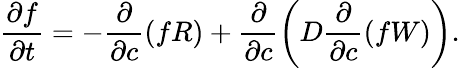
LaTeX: \frac{\partial f}{\partial t}=-\frac{\partial}{\partial c}\left(fR\right)+\frac{\partial}{\partial c}\left(D\frac{\partial}{\partial c}\left(fW\right)\right).